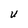
Character: U